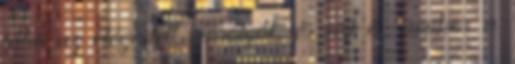
látni az elégedett mosolyát, és azt is, amikor a